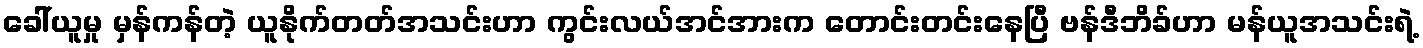
ခေါ်ယူမှု မှန်ကန်တဲ့ ယူနိုက်တတ်အသင်းဟာ ကွင်းလယ်အင်အားက တောင်းတင်းနေပြီ ဗန်ဒီဘိခ်ဟာ မန်ယူအသင်းရဲ့